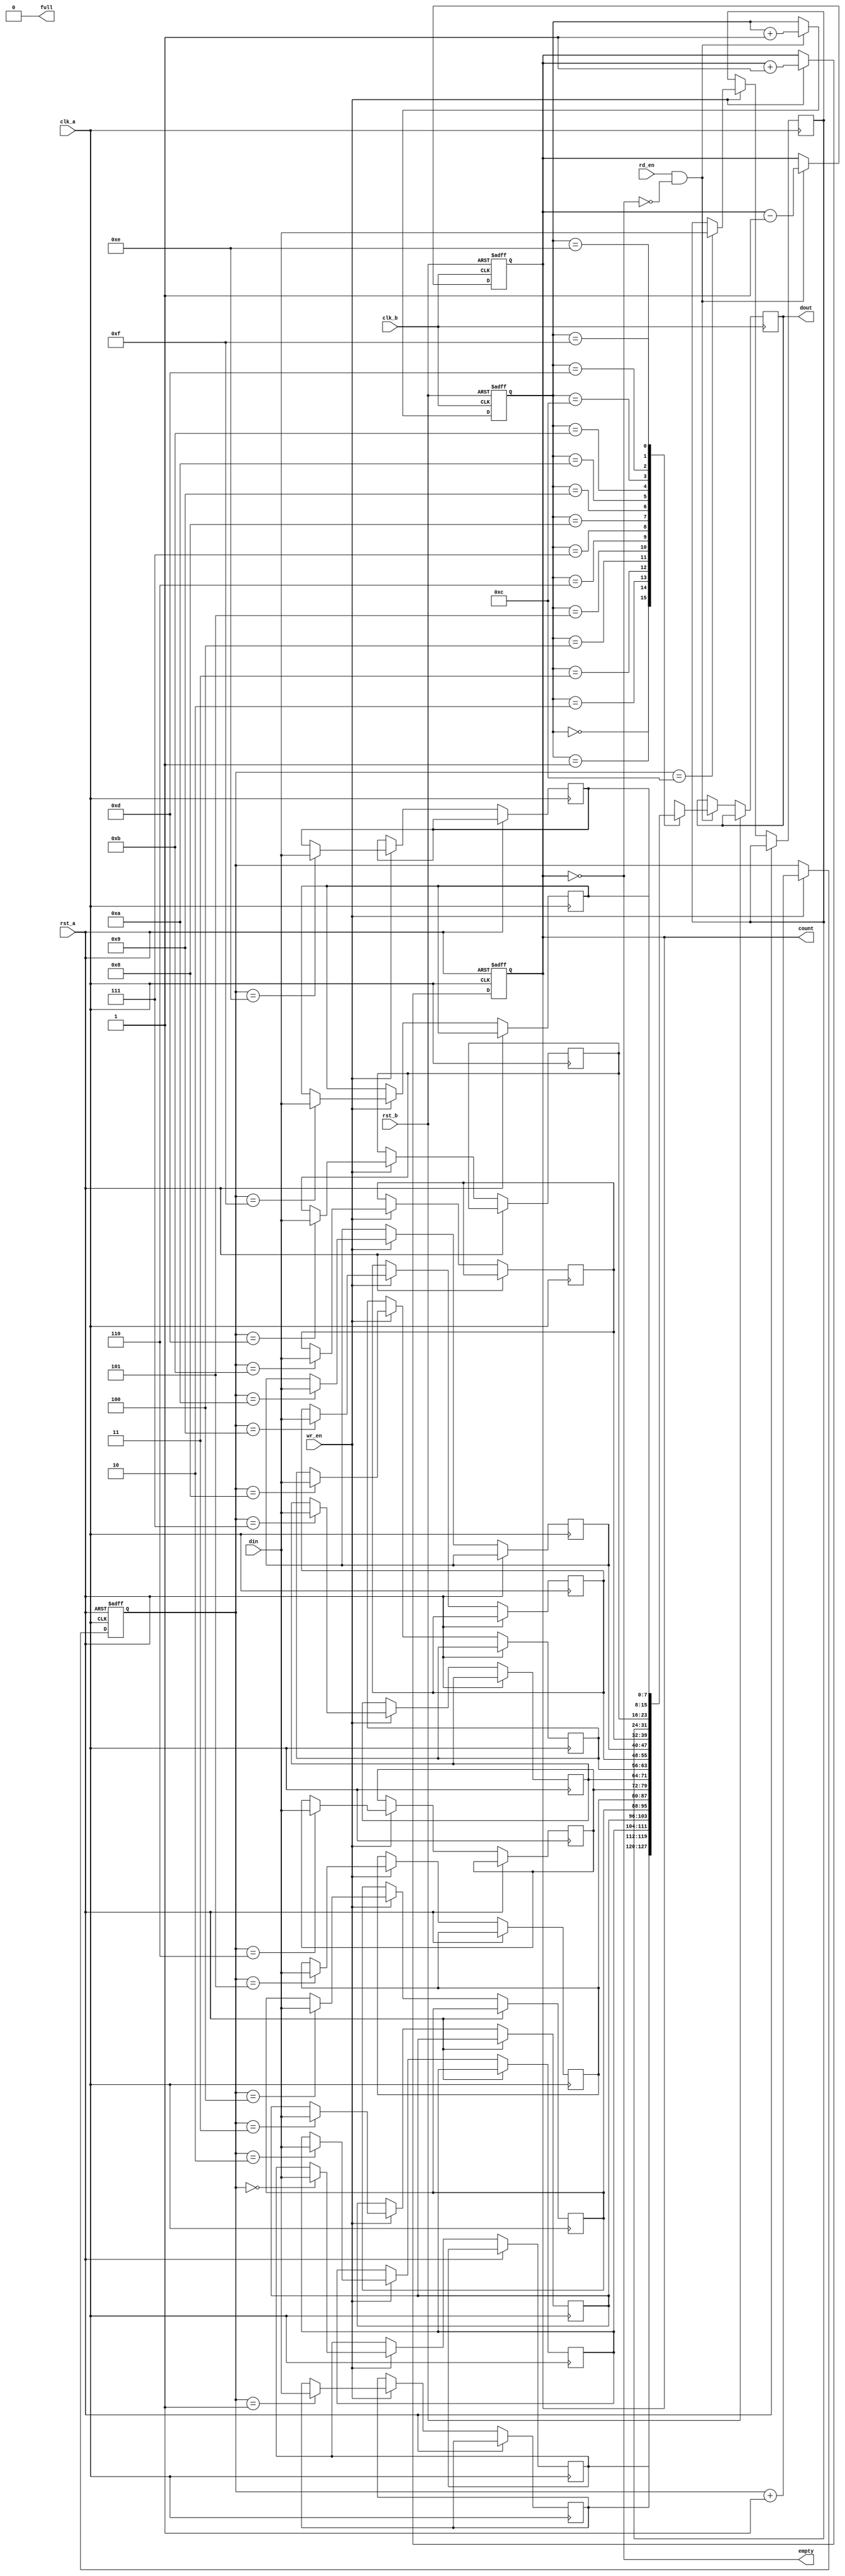
module fifo_synchronizer #(
    parameter DATA_WIDTH = 8,
    parameter FIFO_DEPTH = 16
)(
    input wire clk_a,                // Source clock
    input wire clk_b,                // Destination clock
    input wire rst_a,                // Asynchronous reset for clk_a
    input wire rst_b,                // Asynchronous reset for clk_b
    input wire [DATA_WIDTH-1:0] din, // Data input
    input wire wr_en,                // Write enable
    input wire rd_en,                // Read enable
    output wire [DATA_WIDTH-1:0] dout, // Data output
    output wire full,                // FIFO full flag
    output wire empty,               // FIFO empty flag
    output wire [3:0] count          // Number of elements in FIFO
);

    // FIFO memory
    reg [DATA_WIDTH-1:0] fifo_mem [0:FIFO_DEPTH-1];
    reg [3:0] wr_ptr, rd_ptr;
    reg [3:0] fifo_count;

    // Write logic
    always @(posedge clk_a or posedge rst_a) begin
        if (rst_a) begin
            wr_ptr <= 4'b0;
            fifo_count <= 4'b0;
        end else if (wr_en && !full) begin
            fifo_mem[wr_ptr] <= din;
            wr_ptr <= wr_ptr + 1;
            fifo_count <= fifo_count + 1;
        end
    end

    // Read logic
    always @(posedge clk_b or posedge rst_b) begin
        if (rst_b) begin
            rd_ptr <= 4'b0;
            fifo_count <= 4'b0;
        end else if (rd_en && !empty) begin
            dout <= fifo_mem[rd_ptr];
            rd_ptr <= rd_ptr + 1;
            fifo_count <= fifo_count - 1;
        end
    end

    // FIFO status flags
    assign full = (fifo_count == FIFO_DEPTH);
    assign empty = (fifo_count == 4'b0);
    assign count = fifo_count;

endmodule